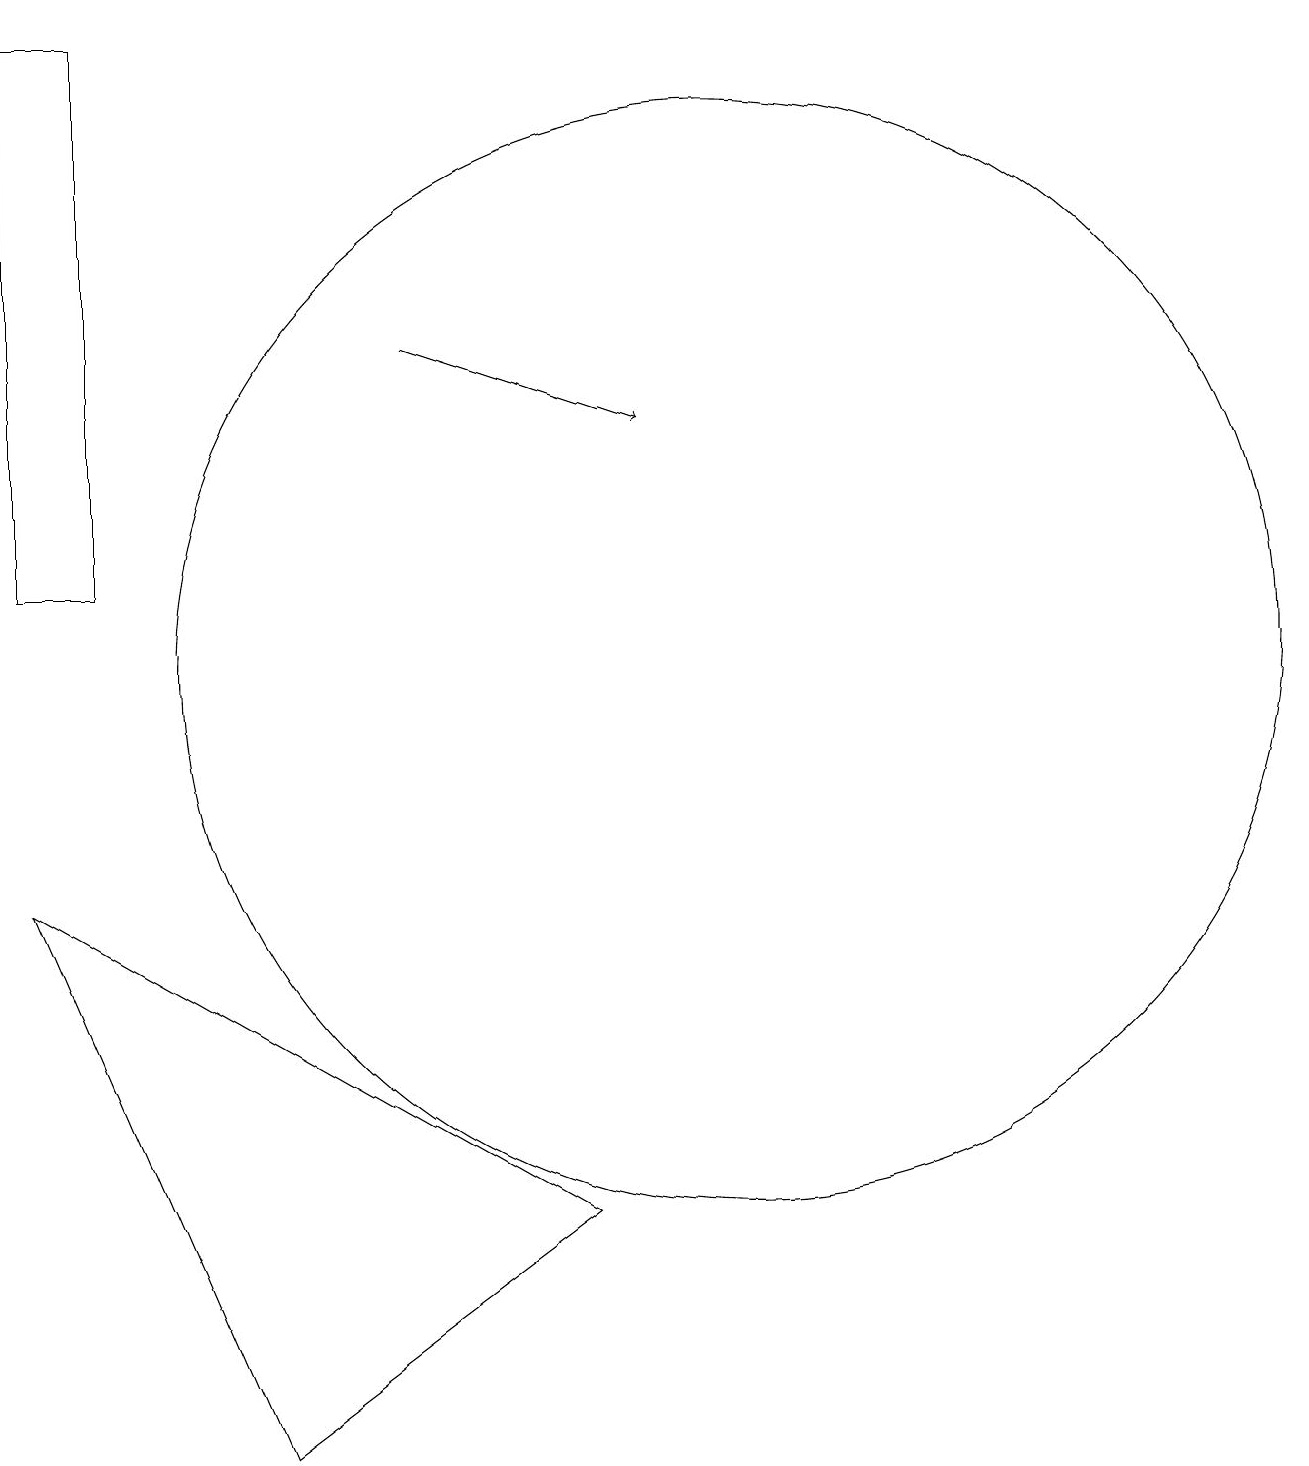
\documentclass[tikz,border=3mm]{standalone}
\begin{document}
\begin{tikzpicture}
\draw[->] (6,15) -- (9,14);
\draw (8,4) -- (1,8) -- (4,1) -- cycle;
\draw (10,11) circle (7);
\draw (2,19) rectangle (1,12);
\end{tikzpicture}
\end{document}